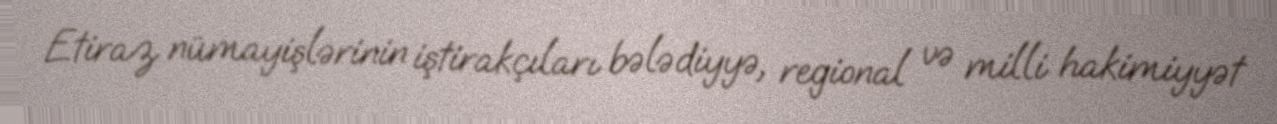
Etiraz nümayişlərinin iştirakçıları bələdiyyə, regional və milli hakimiyyət